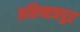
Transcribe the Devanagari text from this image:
अहिच्छत्रपुर